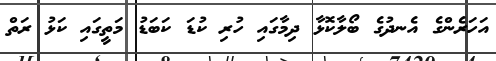
އަހަރެންގެ އެނދުގެ ބޯލާކޮޅާ ދިމާގައި ހުރި ކުޑަ ކަބަޑު މަތީގައި ކަޅު ރަތް